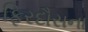
ફિરદૌસના